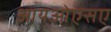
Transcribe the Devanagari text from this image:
आयओएसए